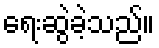
ရေးဆွဲခဲ့သည်။